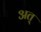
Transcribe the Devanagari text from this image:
अत्‌